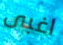
اغبى